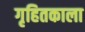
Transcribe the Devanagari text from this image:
गृहितकाला